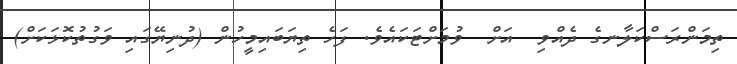
ތިމަންރަސްކަލާނގެ ދެއްވި  އަށް  ވުމަށްޓަކައެވެ. ފަހެ ތިޔަބައިމީހުން (ދުނިޔޭގައި ވަގުތުކޮޅަކަށް)